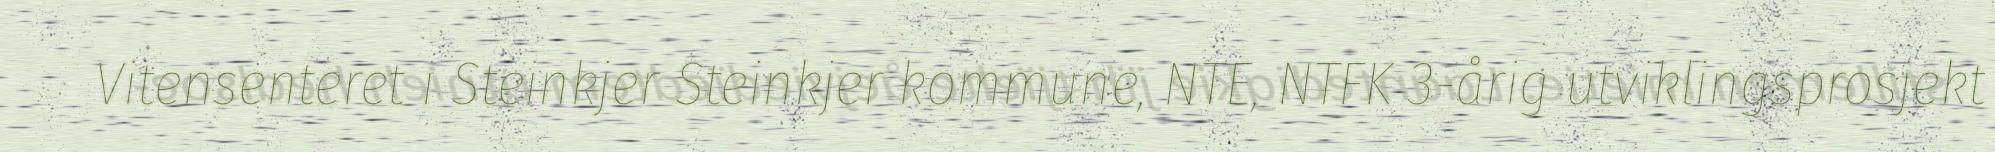
Vitensenteret i Steinkjer Steinkjer kommune, NTE, NTFK 3-årig utviklingsprosjekt